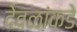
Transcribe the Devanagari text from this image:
देवळांकडे